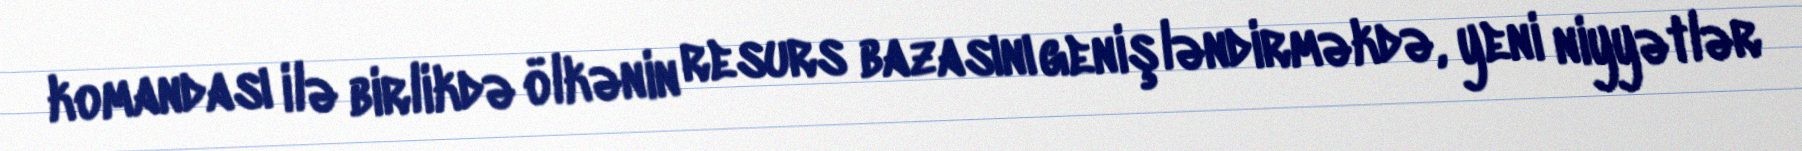
komandası ilə birlikdə ölkənin resurs bazasını genişləndirməkdə, yeni niyyətlər